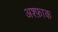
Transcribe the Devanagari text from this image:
अश्फ़ाक